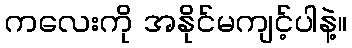
ကလေးကို အနိုင်မကျင့်ပါနဲ့။